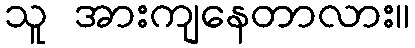
သူ အားကျနေတာလား။